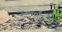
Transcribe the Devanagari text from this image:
अखेरपर्यंतच्या